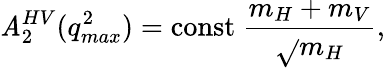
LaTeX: \mathit{A}_{2}^{HV}(q_{max}^{2})=\mathrm{{const}}~\frac{{m_{H}+m_{V}}}{{{\sqrt{}{m}_{H}}}},